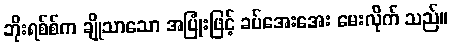
ဘိုးရစ်စ်က ချိုသာသော အပြုံးဖြင့် ခပ်အေးအေး မေးလိုက် သည်။